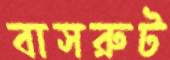
বাসরুট